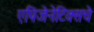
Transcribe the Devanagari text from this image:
एपिजेनेटिक्सचे